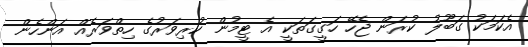
އެކަމަކު ގަބޫލު ކުރަން ޖެހޭ ހަގީގަތަކީ އެ ޓީމުން ކުރިވަރުގެ ހިތްވަރެއް އަންހެން